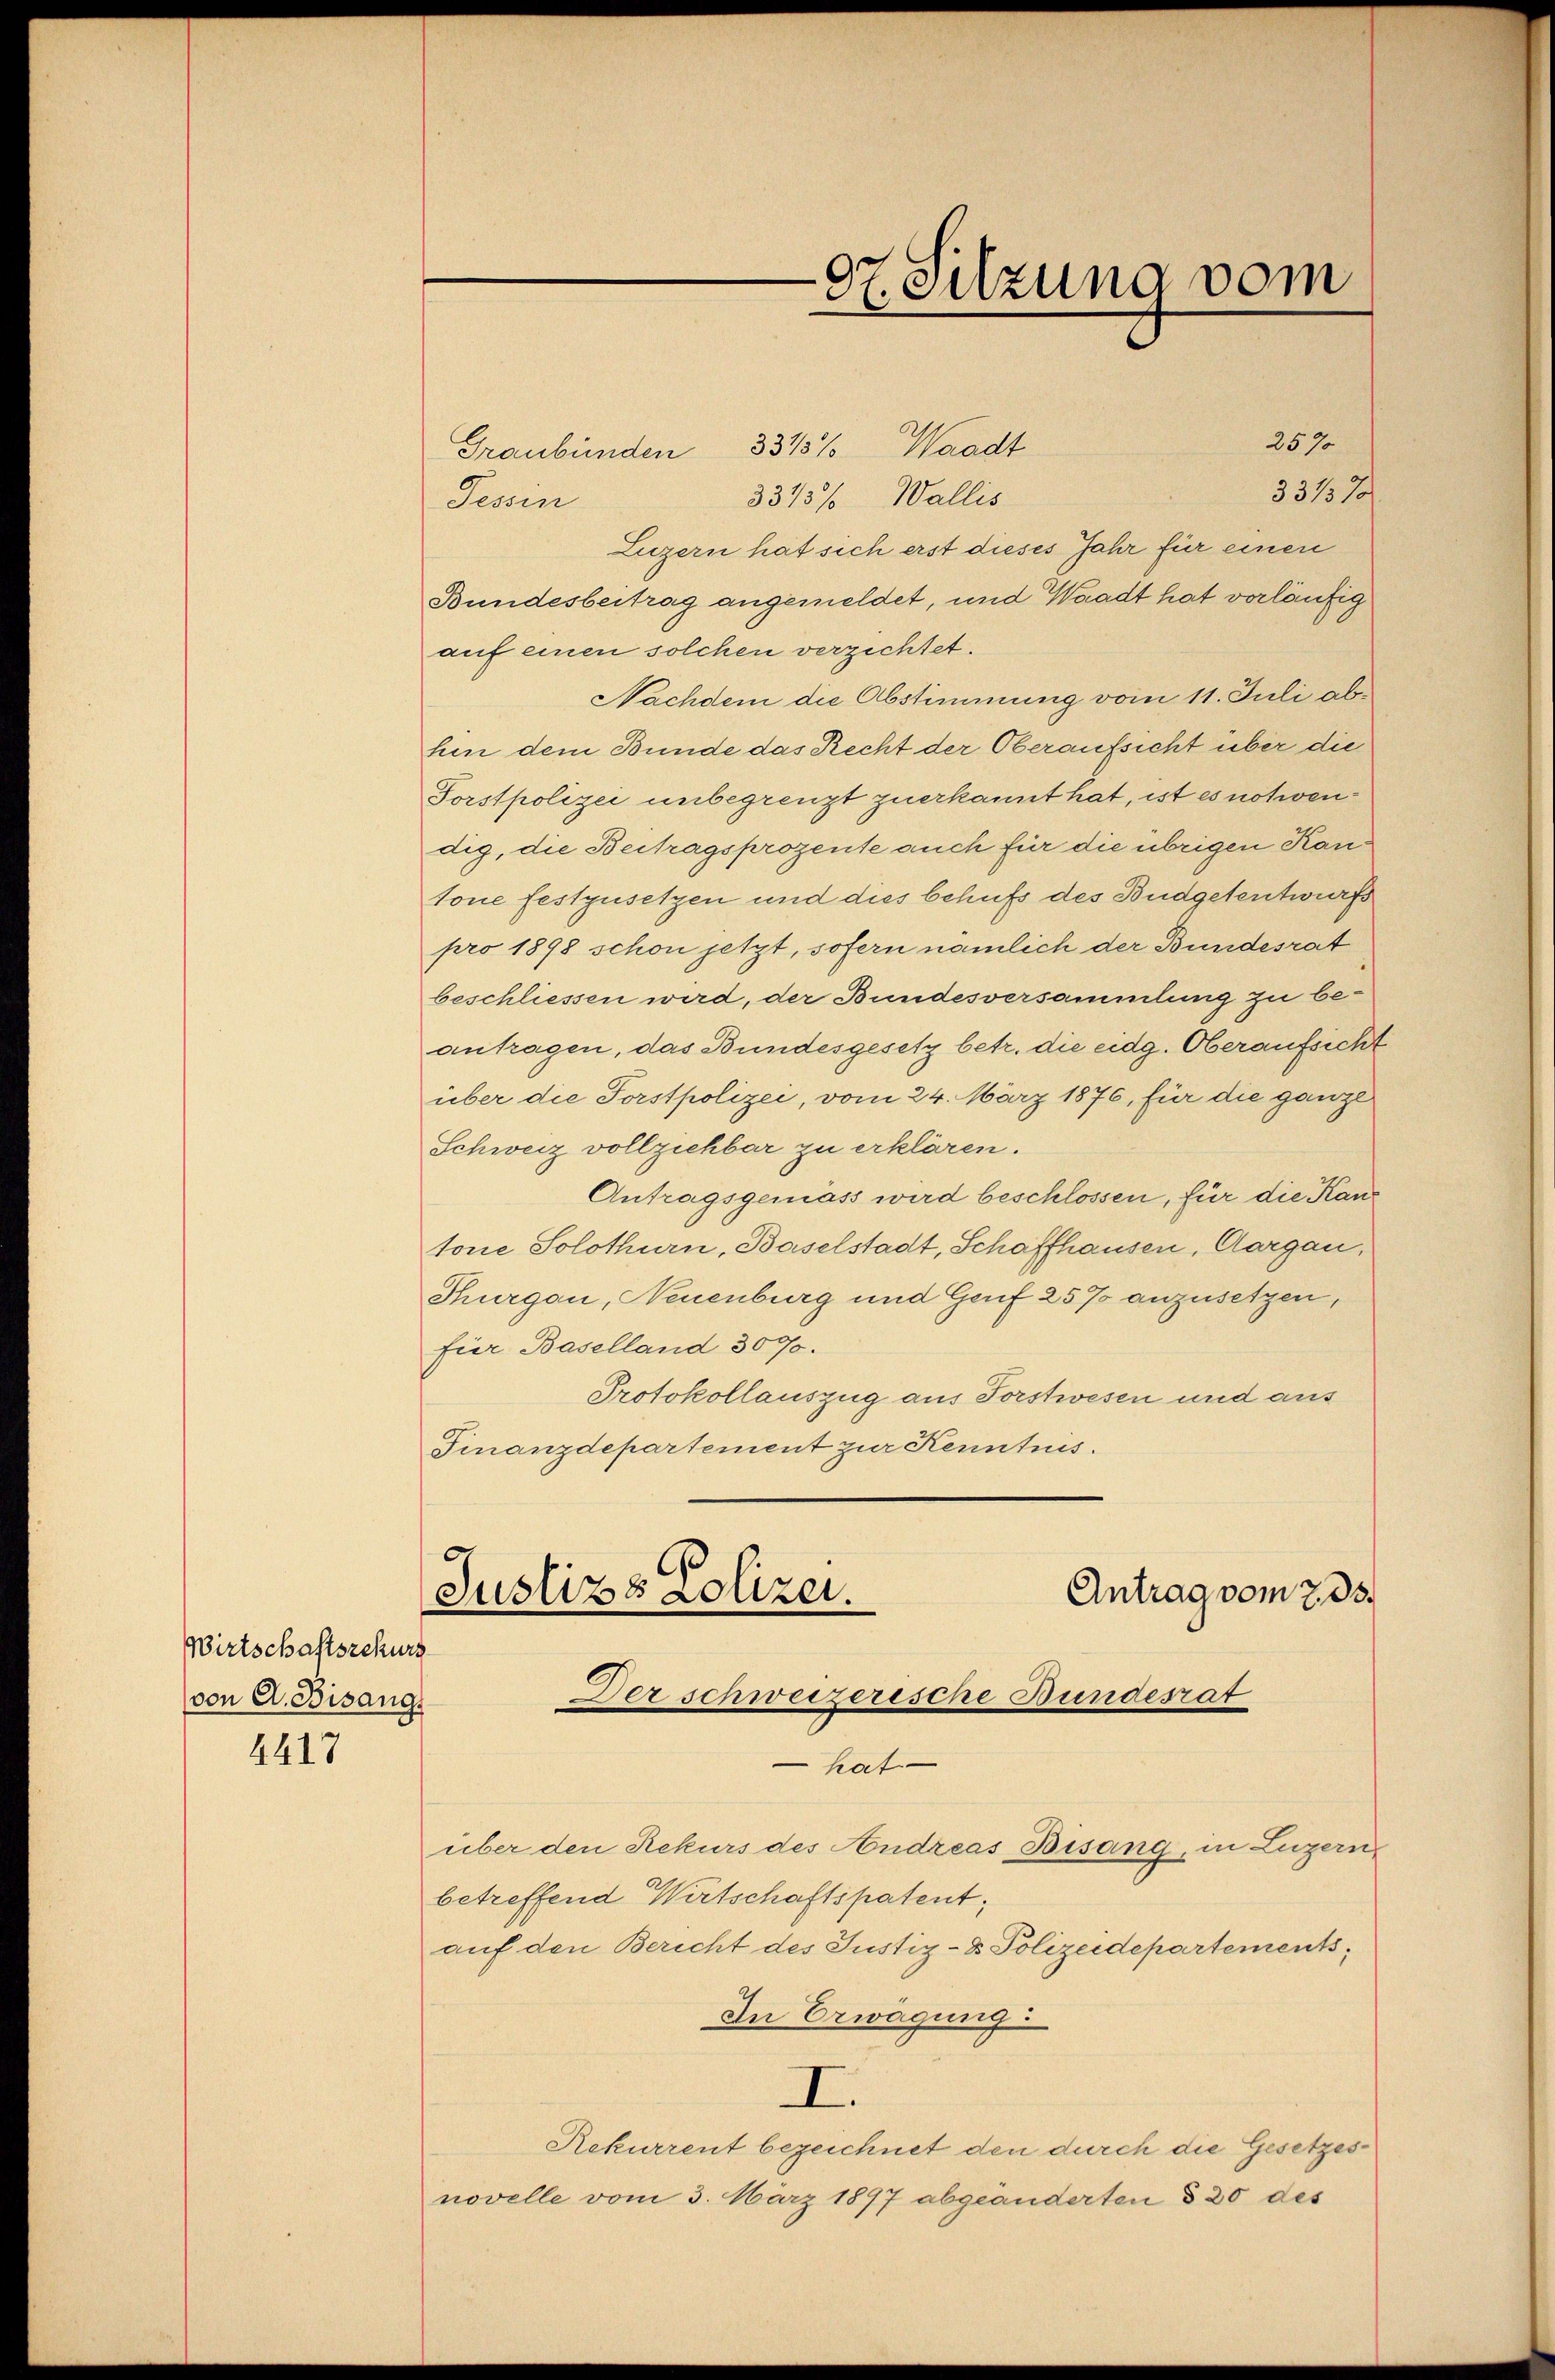
Wirtschaftsrekurs
von A. Bisangs

4417

07. Sitzung vom

2570
Graubünden 3315% Waadt
331570/
3375% Wallis
Tessin
Luzern hat sich erst dieses Jahr für einen
Bundesbeitrag angemeldet, und Waadt hat vorläufig
auf einen solchen verzichtet.
Nachdem die Abstimmung vom 11. Juli abhen dem Bunde das Recht der Oberaufsicht über die
Forstpolizei unbegrenzt zuerkannt hat, ist es nothwendig, die Beitragsprozente auch für die übrigen Kantone festzusetzen und dies behufs des Budgetentwurfs
pro 1898 schon jetzt, sofern nämlich der Bundesrat
beschliessen wird, der Bundesversammlung zu be-
antragen, das Bundesgesetz betr. die eidg. Oberaufsicht
über die Forstpolizei, vom 24. März 1876, für die ganze
Schweiz vollziehbar zu erklären.
Antragsgemäss wird beschlossen, für die Kantone Solothurn, Baselstadt, Schaffhausen, Aargau,
Thurgau, Neuenburg und Genf 25% anzusetzen,
für Baselland 307.
Protokollauszug aus Torstwesen und aus
Finanzdepartement zur Kenntnis.
Antrag vom 7. ds.
Justizs Polizei.
Der schweizerische Bundesrat
hat
über den Rekurs des Andreas Bisang, in Luzern
betreffend Wirtschaftspatent,
auf den Bericht des Justiz- & Polizeidepartements¬
In Erwägung:
I.
Rekurrent bezeichnet den durch die Gesetzesnovelle vom 3. März 1897 abgeänderten § 30 des